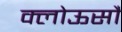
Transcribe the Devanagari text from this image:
क्लोऊसौ